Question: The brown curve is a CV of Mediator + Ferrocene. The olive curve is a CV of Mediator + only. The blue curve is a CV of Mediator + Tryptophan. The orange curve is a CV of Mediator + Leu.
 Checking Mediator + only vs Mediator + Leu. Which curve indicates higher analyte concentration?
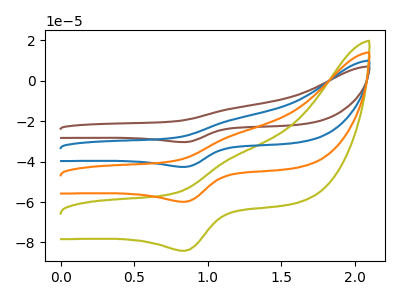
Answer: <think>The brown curve "Mediator + Ferrocene" has an anodic peak at (1.15V, -81.05uA) and a cathodic peak at (0.85V, -179.60uA). The olive curve "Mediator + only" has an anodic peak at (1.15V, -37.95uA) and a cathodic peak at (0.85V, -84.10uA). The blue curve "Mediator + Tryptophan" has an anodic peak at (1.15V, -54.05uA) and a cathodic peak at (0.85V, -119.75uA). The orange curve "Mediator + Leu" has an anodic peak at (1.15V, -27.00uA) and a cathodic peak at (0.85V, -59.85uA).
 All the peaks in "Mediator + only" have a peak in "Mediator + Leu" at the same potential.</think>
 <answer>I cant tell if "Mediator + only" or "Mediator + Leu" has higher concentration.</answer>
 <eval>mixed_concentration</eval>